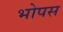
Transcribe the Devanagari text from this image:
भोपस